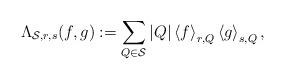
LaTeX: \begin{align*}\Lambda_{\mathcal{S}, r, s}(f, g):=\sum_{Q\in\mathcal{S}}|Q|\left<f\right>_{r,Q}\left<g\right>_{s,Q},\end{align*}